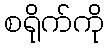
စရိုက်ကို